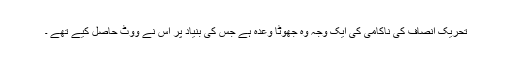
تحریک ِانصاف کی ناکامی کی ایک وجہ وہ جھوٹا وعدہ ہے جس کی بنیاد پر اس نے ووٹ حاصل کیے تھے ۔